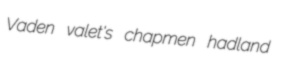
Vaden valet's chapmen hadland